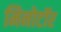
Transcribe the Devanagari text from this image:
मिनोटॉर